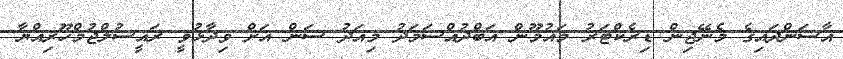
އާސަންދައިގެ މެނޭޖިން ޑިރެކްޓަރު މައުމޫން އަބްދުއްސަމަދު މިއަދު ސަން އަށް ވިދާޅުވީ ރައީސުލްޖުމްހޫރިއްޔާ